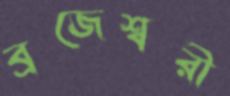
ব্রজেশ্বরী